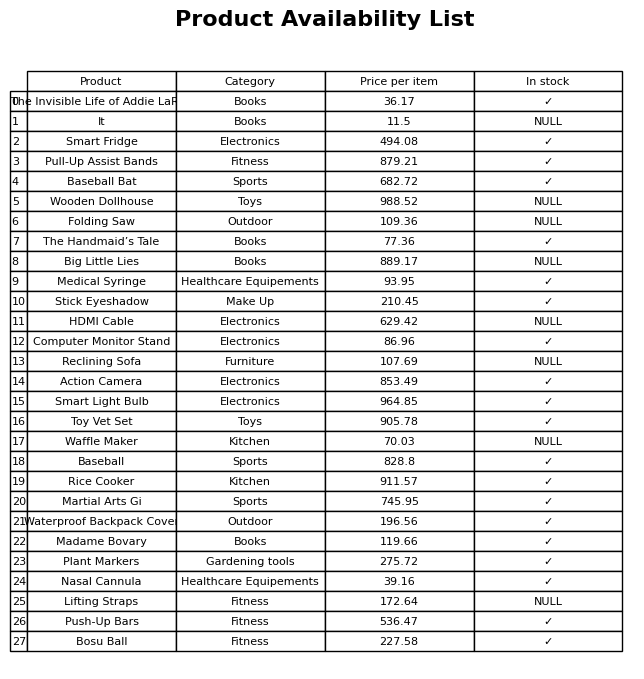
question: What is the price for Plant Markers?
answer: The price of Plant Markers is 275.72.